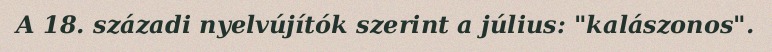
A 18. századi nyelvújítók szerint a július: "kalászonos".